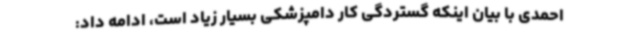
احمدی با بیان اینکه گستردگی کار دامپزشکی بسیار زیاد است، ادامه داد: